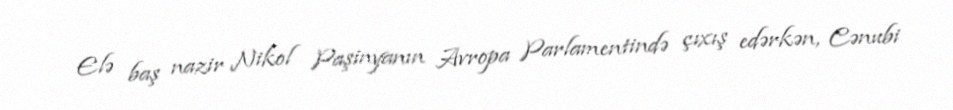
Elə baş nazir Nikol Paşinyanın Avropa Parlamentində çıxış edərkən, Cənubi